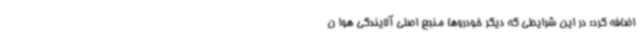
اضافه کرد: در این شرایطی که دیگر خودروها منبع اصلی آلایندگی هوا ن